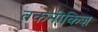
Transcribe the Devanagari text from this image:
तकनीकिज्ञ